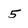
Character: 5